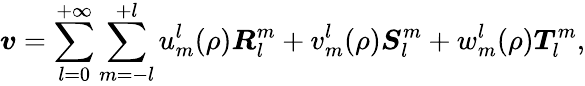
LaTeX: \boldsymbol{v}=\sum_{l=0}^{+\infty}\sum_{m=-l}^{+l}u_{m}^{l}(\rho)\boldsymbol{R}_{l}^{m}+v_{m}^{l}(\rho)\boldsymbol{S}_{l}^{m}+w_{m}^{l}(\rho)\boldsymbol{T}_{l}^{m},